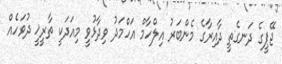
ޖޭޕީގެ ދަނގެތީ ދާއިރާގެ މެންބަރު އިލްހާމް އަހްމަދު ވިދާޅުވީ މިއަދަކީ ތާރީޚީ ދުވަހެއް